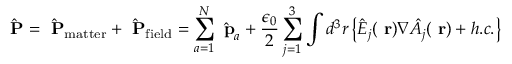
\hat { \mathrm { \bf ~ P } } = \hat { \mathrm { \bf ~ P } } _ { \mathrm { m a t t e r } } + \hat { \mathrm { \bf ~ P } } _ { \mathrm { f i e l d } } = \sum _ { a = 1 } ^ { N } \hat { \mathrm { \bf ~ p } } _ { a } + \frac { \epsilon _ { 0 } } { 2 } \sum _ { j = 1 } ^ { 3 } \int d ^ { 3 } r \left\{ \hat { E } _ { j } ( \mathrm { \bf ~ r } ) \nabla \hat { A } _ { j } ( \mathrm { \bf ~ r } ) + h . c . \right\}